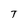
Character: T